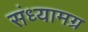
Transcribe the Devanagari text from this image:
संध्यामग्र